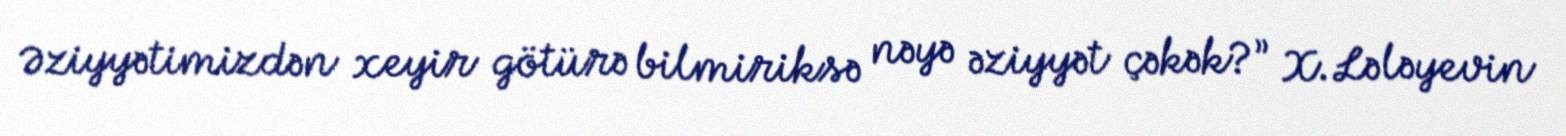
Əziyyətimizdən xeyir götürə bilmiriksə nəyə əziyyət çəkək?” X.Lələyevin